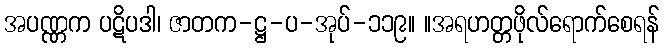
အပဏ္ဏက ပဋိပဒါ၊ ဇာတက-ဋ္ဌ-ပ-အုပ်-၁၁၉။ ။အရဟတ္တဖိုလ်ရောက်စေရန်